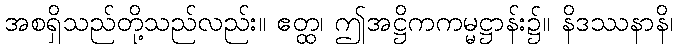
အစရှိသည်တို့သည်လည်း။ ဧတ္ထ၊ ဤအဋ္ဌိကကမ္မဋ္ဌာန်း၌။ နိဒဿနာနိ၊